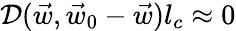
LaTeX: \mathcal D(\vec{w},\vec{w}_{0}-\vec{w})l_{c}\approx 0